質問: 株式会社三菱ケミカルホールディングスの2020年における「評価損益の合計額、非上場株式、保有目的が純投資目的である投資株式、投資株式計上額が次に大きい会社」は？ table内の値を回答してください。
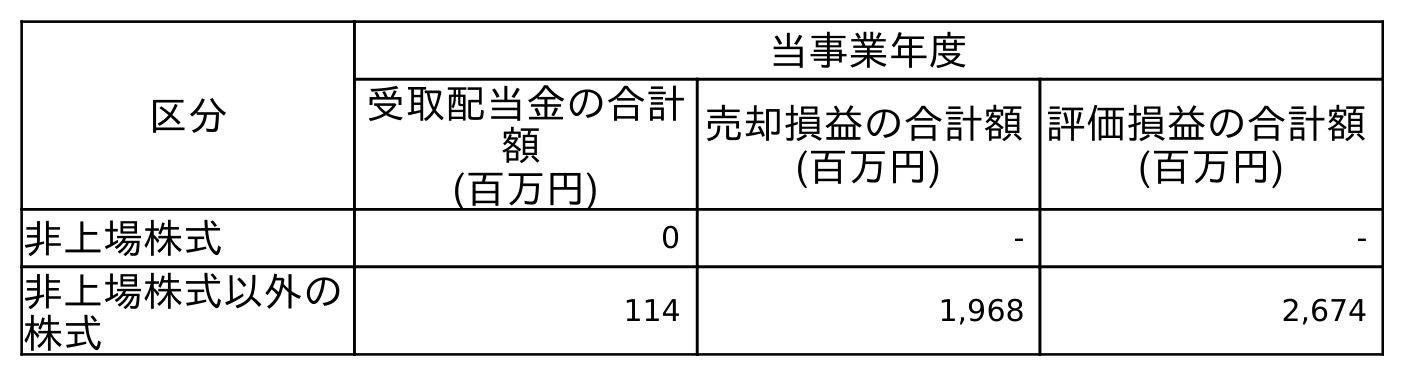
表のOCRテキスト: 区分 当事業年度 受取配当金の合計 額 (百万円) 売却損益の合計額 (百万円) 評価損益の合計額 (百万円) 非上場株式 0 - - 非上場株式以外の 株式 114 1,968 2,674
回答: -